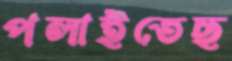
পলাইতেছ